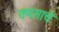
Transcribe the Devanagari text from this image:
तणसाचे